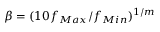
\beta = ( 1 0 f _ { M a x } / f _ { M i n } ) ^ { 1 / m }